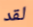
لقد